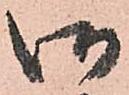
御